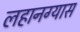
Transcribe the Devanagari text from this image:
लहानग्यास